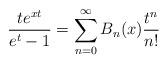
LaTeX: \begin{align*} \frac{te^{xt}}{e^t-1}=\sum_{n=0}^{\infty}B_n(x)\frac{t^n}{n!} \end{align*}